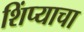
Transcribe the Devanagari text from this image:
शिंप्याचा